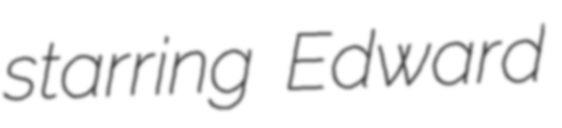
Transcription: starring Edward